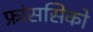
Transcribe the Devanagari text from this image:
फ्रांससिको